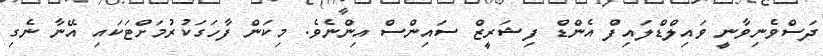
ދަސްވެނިވާނީ ވައިލްޑްލައިފް އެންޑް ފިޝަރީޒް ސައިންސް އިންނެވެ. މިކަން ފާހަގަކުރުމަށްޓަކައި އޭނާ ނެގި